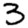
Digit: 3